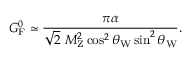
G _ { \mathrm { { F } } } ^ { 0 } \simeq { \frac { \pi \alpha } { { \sqrt { 2 } } ~ M _ { \mathrm { { Z } } } ^ { 2 } \cos ^ { 2 } \theta _ { \mathrm { { W } } } \sin ^ { 2 } \theta _ { \mathrm { { W } } } } } .